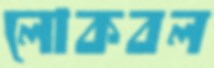
লোকবল